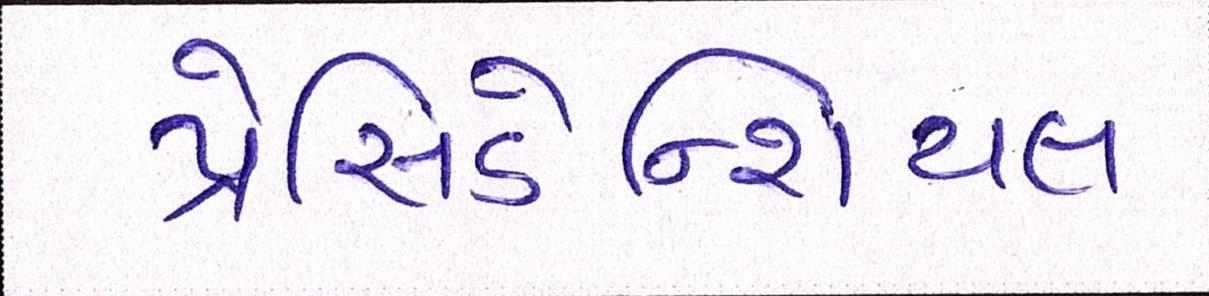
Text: પ્રેસિડેન્શિયલ